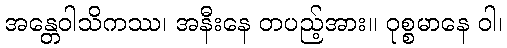
အန္တေဝါသိကဿ၊ အနီးနေ တပည့်အား။ ဝုစ္စမာနေ ဝါ၊